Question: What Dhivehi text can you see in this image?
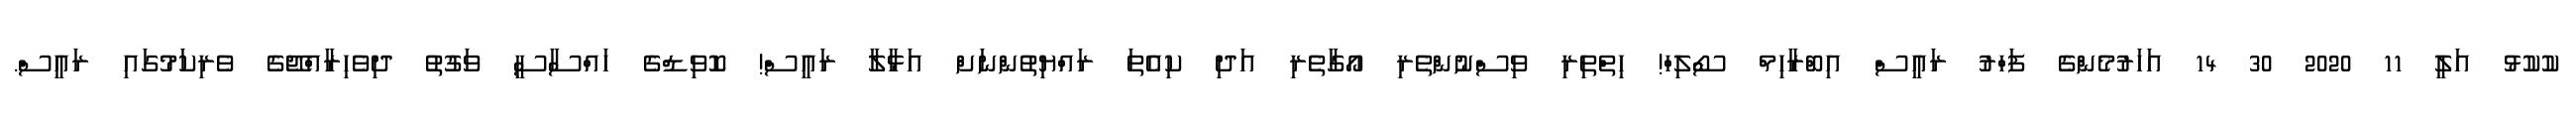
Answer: ކުކުޅު އަލީ 11 2020 30 14 އަހަރުމެންގެ ފަހްރު ރައީސް އިބްރާހިމް ސޯލިހް! ހިތްތިރި ވިސްނުންތެރި އޯގާތެރި އަދި ކިއެތަ ރައްޔިތުންނަށް އަޅާލާ ރައީސް! ކޮވިޑްގެ ހައްސާސީ ވަގުތު ދިވެހިރާއްޖޭގެ ވެރިކަމުގައި ރައީސް.